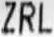
ZRL